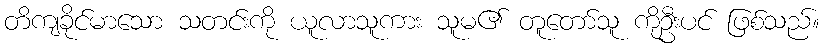
တိကျခိုင်မာသော သတင်းကို ယူလာသူကား သူမ၏ တူတော်သူ ကိုဦးပင် ဖြစ်သည်။